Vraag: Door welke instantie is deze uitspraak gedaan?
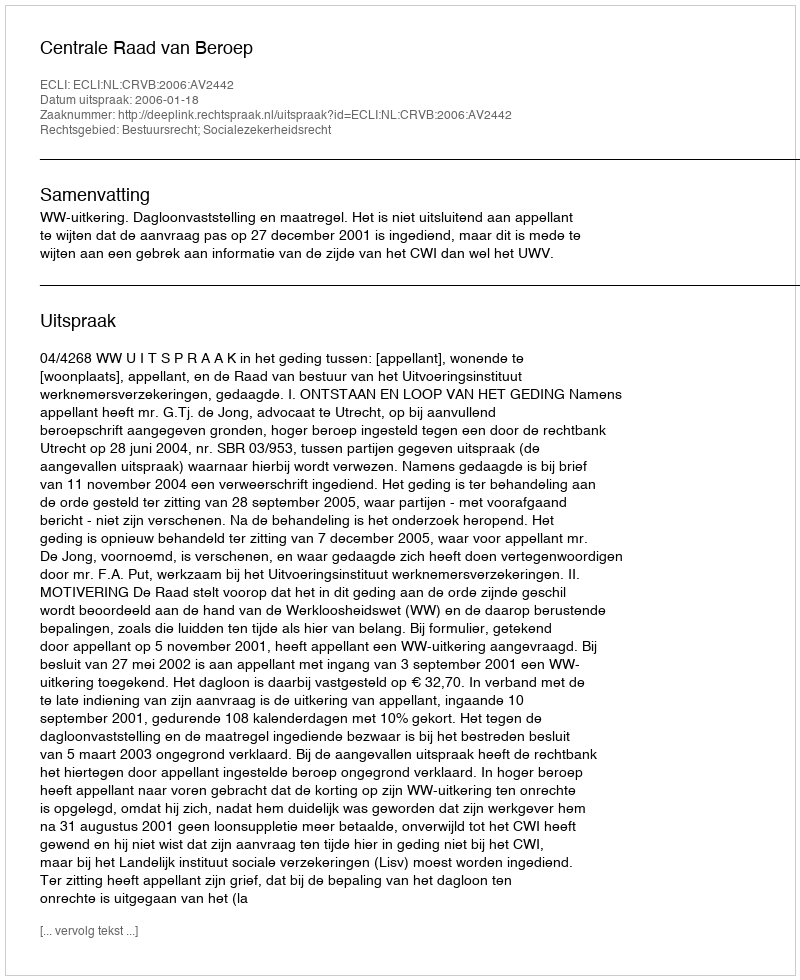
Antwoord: Centrale Raad van Beroep